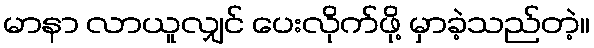
မာနာ လာယူလျှင် ပေးလိုက်ဖို့ မှာခဲ့သည်တဲ့။